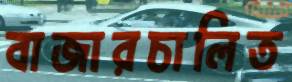
বাজারচালিত